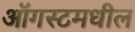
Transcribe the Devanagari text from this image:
ऑगस्टमधील